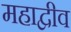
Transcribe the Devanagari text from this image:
महाद्वीव